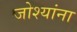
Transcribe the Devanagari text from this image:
जोश्यांना